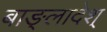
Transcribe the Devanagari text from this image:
बाङ्लादेश्